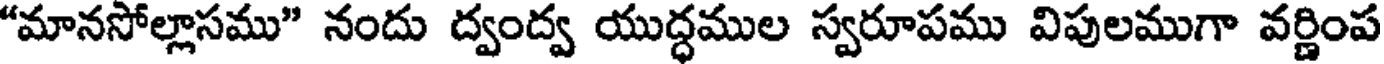
"మానసోల్లాసము" నందు ద్వంద్వ యుద్ధముల స్వరూపము విపులముగా వర్ణింప